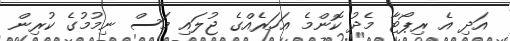
އަދި އެ ރިޕޯޓާ މެދު ކޮންމެ އަހަރެއްގެ ޖުލައި މަސް ނިމުމުގެ ކުރިން